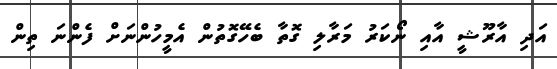
އަދި އާރޫޝީ އާއި ނޯކަރު މަރާލި ގޮތާ ބެހޭގޮތުން އެމީހުންނަށް ފެންނަ ތިން